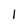
Character: l